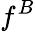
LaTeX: f^{B}